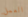
العمل